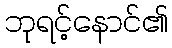
ဘုရင့်နောင်၏